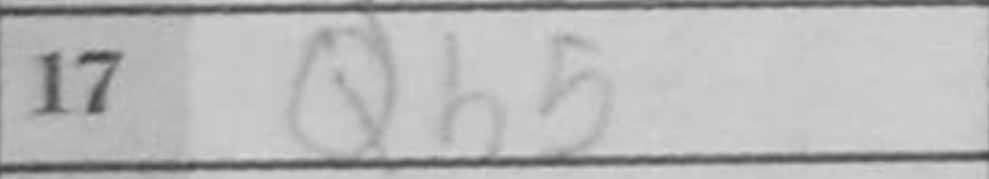
Transcription: Qb5